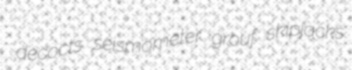
decocts seismometer grouf skipjacks